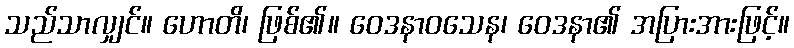
သည်သာလျှင်။ ဟောတိ၊ ဖြစ်၏။ ဝေဒနာဝသေန၊ ဝေဒနာ၏ အပြားအားဖြင့်။